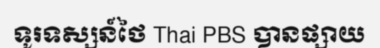
ទូរទស្សន៍ថៃ Thai PBS បានផ្សាយ